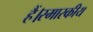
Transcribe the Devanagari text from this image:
हैं।स्मारकीय